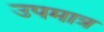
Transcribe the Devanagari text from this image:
उपमात्र